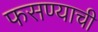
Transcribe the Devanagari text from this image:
फसण्याची